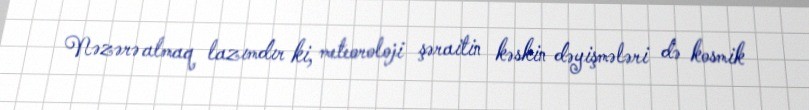
Nəzərə almaq lazımdır ki, meteoroloji şəraitin kəskin dəyişmələri də kosmik